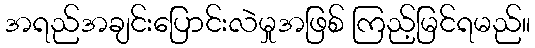
အရည်အချင်းပြောင်းလဲမှုအဖြစ် ကြည့်မြင်ရမည်။